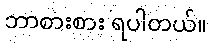
ဘာစားစား ရပါတယ်။